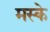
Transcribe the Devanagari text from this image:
मस्के